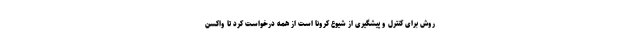
روش برای کنترل و پیشگیری از شیوع کرونا است از همه درخواست کرد تا واکسن